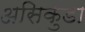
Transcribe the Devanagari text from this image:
असिकुंडा